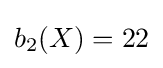
b_{2}(X)=22